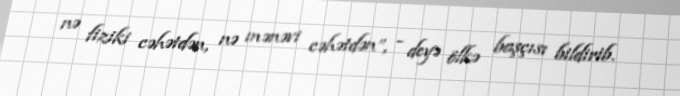
nə fiziki cəhətdən, nə mənəvi cəhətdən”, - deyə ölkə başçısı bildirib.